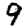
Digit: 9